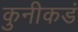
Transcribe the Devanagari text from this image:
कुनीकडं